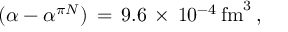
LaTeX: ( \alpha - \alpha ^ { \pi N } ) \, = \, 9 . 6 \, \times \, 1 0 ^ { - 4 } \, \mathrm { f m } ^ { 3 } \, ,